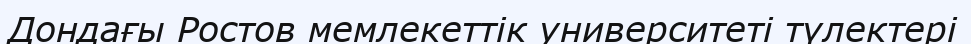
Дондағы Ростов мемлекеттік университеті түлектері